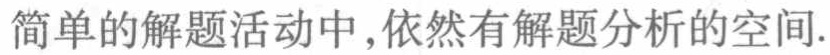
简单的解题活动中,依然有解题分析的空间.